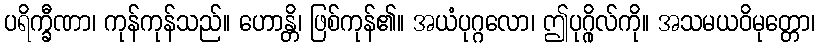
ပရိက္ခီဏာ၊ ကုန်ကုန်သည်။ ဟောန္တိ၊ ဖြစ်ကုန်၏။ အယံပုဂ္ဂလော၊ ဤပုဂ္ဂိုလ်ကို။ အသမယဝိမုတ္တော၊